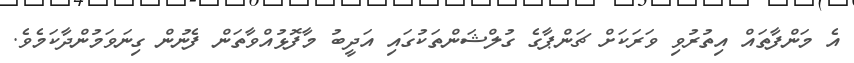
އެ މަންފާތައް އިތުރުވި ވަރަކަށް ޗަންޕާގެ ގުލްޝަންތަކުގައި އަދީބު މާފޮޅުއްވާތަން ފެނުން ގިނަވަމުންދާކަމެވެ.